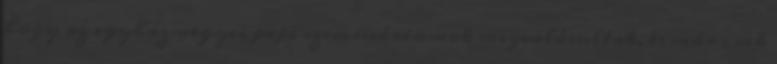
hogy az egyházmegyei papi szemináriumok megvalósultak, és már csak